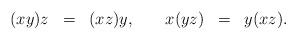
LaTeX: \begin{align*}\begin{array}{rclllrcl}(xy)z &=& (xz)y, & \ & x(yz) &=& y(xz).\end{array} \end{align*}